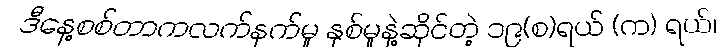
ဒီနေ့စစ်တာကလက်နက်မှု နှစ်မှုနဲ့ဆိုင်တဲ့ ၁၉(စ)ရယ် (က) ရယ်၊